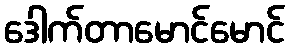
ဒေါက်တာမောင်မောင်